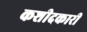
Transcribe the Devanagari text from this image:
कशीदकारी